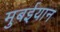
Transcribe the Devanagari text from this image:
मुबईयान